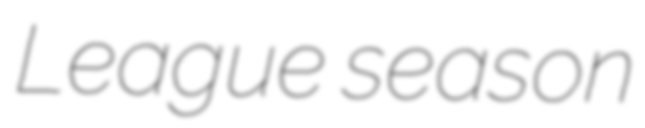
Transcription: League season